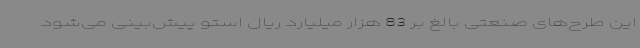
این طرح‌های صنعتی بالغ بر 83 هزار میلیارد ریال استو پیش‌بینی می‌شود